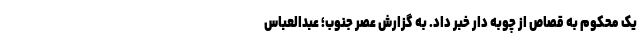
یک محکوم به قصاص از چوبه دار خبر داد. به گزارش عصر جنوب؛ عبدالعباس